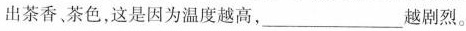
出茶香茶色，这是因为温度越高，___越剧烈。